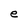
Character: e